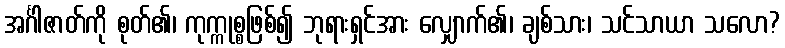
အင်္ဂါဇာတ်ကို စုတ်၏၊ ကုက္ကုစ္စဖြစ်၍ ဘုရားရှင်အား လျှောက်၏၊ ချစ်သား၊ သင်သာယာ သလော?